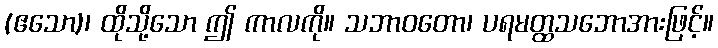
(ဧသော)၊ ထိုသို့သော ဤ ကာလကို။ သဘာဝတော၊ ပရမတ္ထသဘောအားဖြင့်။